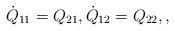
LaTeX: \begin{align*} \dot{Q}_{11} = Q_{21} , \dot{Q}_{12} = Q_{22} , ,\end{align*}